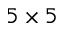
5 \times 5